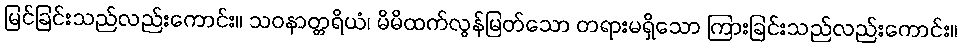
မြင်ခြင်းသည်လည်းကောင်း။ သဝနာတ္တရိယံ၊ မိမိထက်လွန်မြတ်သော တရားမရှိသော ကြားခြင်းသည်လည်းကောင်း။